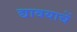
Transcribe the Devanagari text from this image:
द्यावयाचें